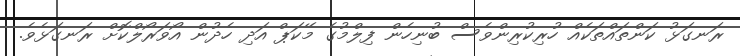
ރަނގަޅު ކަންތައްތަކެއް ހުރިކުރިންވެސް ބުނިހެން ފިލްމުގެ މޭކަޕް އަދި ހެދުން އޯވަރޯލްކޮށް ރަނގަޅެވެ.